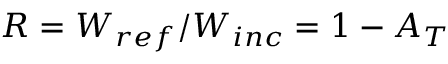
R = W _ { r e f } / W _ { i n c } = 1 - A _ { T }